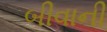
બીવાની